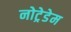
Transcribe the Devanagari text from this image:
नोट्रेडेम